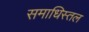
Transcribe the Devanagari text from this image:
समाधिस्तल